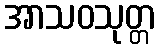
အာသဝသုတ္တ